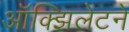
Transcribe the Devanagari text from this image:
ऑक्झिलेटने